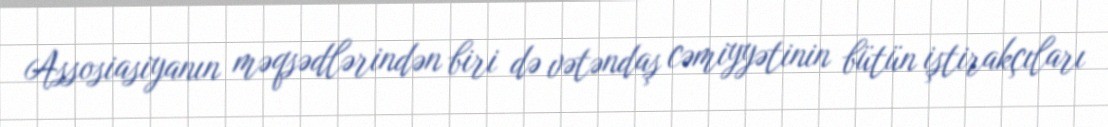
Assosiasiyanın məqsədlərindən biri də vətəndaş cəmiyyətinin bütün iştirakçıları